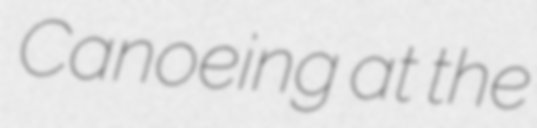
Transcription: Canoeing at the